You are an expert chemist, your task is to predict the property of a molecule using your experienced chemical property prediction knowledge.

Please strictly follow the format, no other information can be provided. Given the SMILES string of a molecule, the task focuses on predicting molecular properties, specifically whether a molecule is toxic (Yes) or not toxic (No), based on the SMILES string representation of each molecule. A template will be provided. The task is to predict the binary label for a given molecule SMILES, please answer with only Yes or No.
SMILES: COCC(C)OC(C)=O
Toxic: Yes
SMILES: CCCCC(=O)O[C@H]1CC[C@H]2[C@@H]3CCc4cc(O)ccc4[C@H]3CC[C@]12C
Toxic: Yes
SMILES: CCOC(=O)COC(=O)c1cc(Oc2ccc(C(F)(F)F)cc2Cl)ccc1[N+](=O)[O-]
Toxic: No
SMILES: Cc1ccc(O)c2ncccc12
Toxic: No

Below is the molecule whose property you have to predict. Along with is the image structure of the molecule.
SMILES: C=CCN1CC[C@]23CCCC[C@H]2[C@H]1Cc1ccc(O)cc13
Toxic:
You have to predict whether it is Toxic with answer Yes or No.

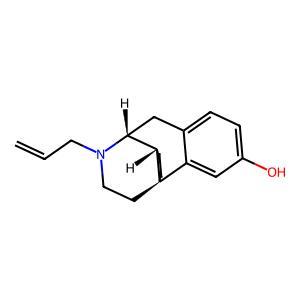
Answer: No